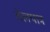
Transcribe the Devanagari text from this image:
तेलपात्र